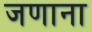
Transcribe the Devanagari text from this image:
जणाना